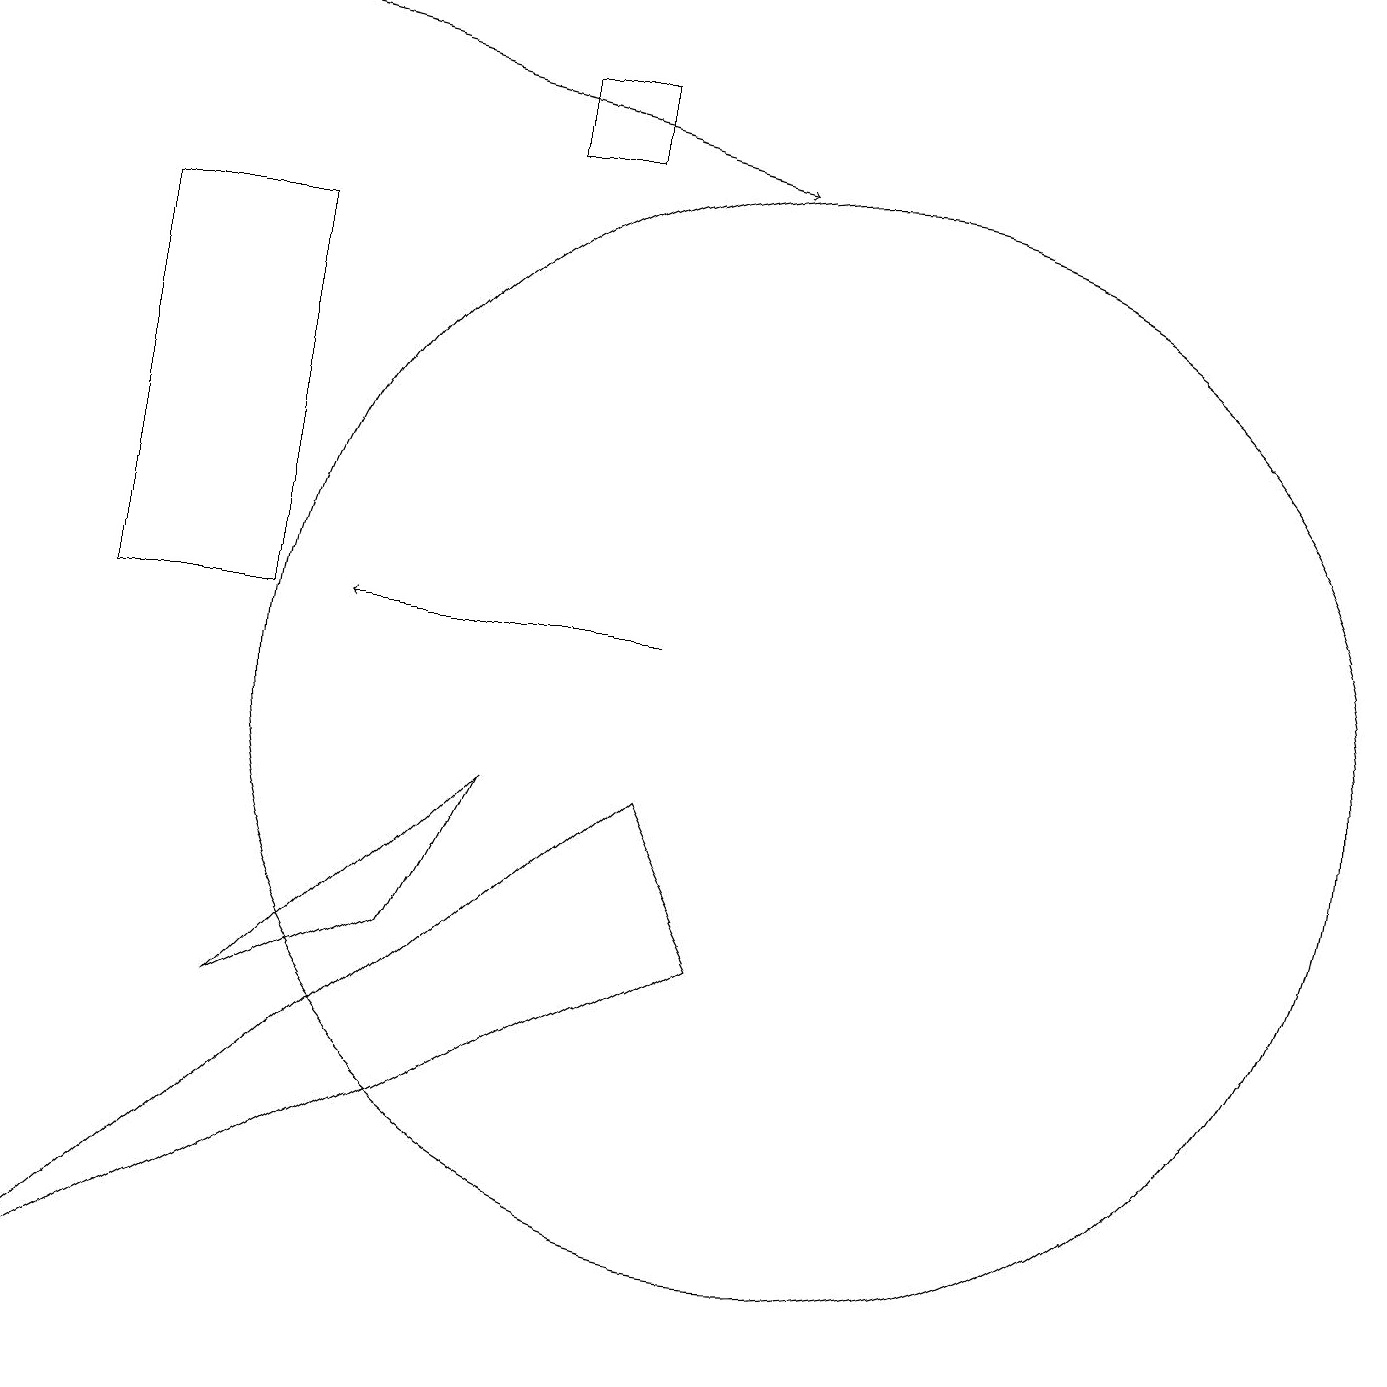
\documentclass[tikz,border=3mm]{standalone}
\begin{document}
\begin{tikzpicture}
\draw (3,11) rectangle (1,16);
\draw (0,2) -- (8,9) -- (9,7) -- cycle;
\draw (6,18) rectangle (7,17);
\draw (6,9) -- (5,7) -- (3,6) -- cycle;
\draw[->] (8,11) -- (4,11);
\draw (10,10) circle (7);
\draw[->] (1,19) -- (9,17);
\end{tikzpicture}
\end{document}